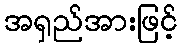
အရှည်အားဖြင့်